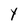
Character: Y